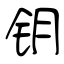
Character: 钥